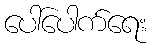
ပေါ်ပေါက်ရေး